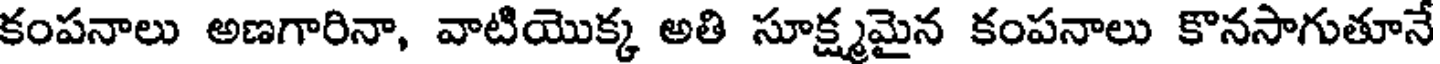
కంపనాలు అణగారినా, వాటియొక్క అతి సూక్ష్మమైన కంపనాలు కొనసాగుతూనే